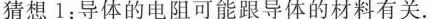
猜想1：导体的电阻可能跟导体的材料有关.